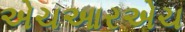
એચઆરએચ